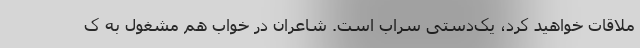
ملاقات خواهید کرد، یک‌دستی سراب است. شاعران در خواب هم مشغول به ک